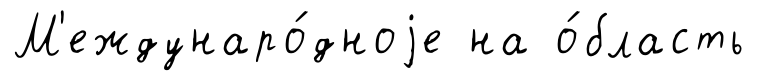
М'еждунаро́дноjе на о́бласть